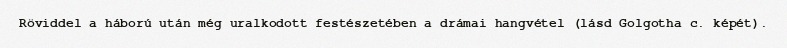
Röviddel a háború után még uralkodott festészetében a drámai hangvétel (lásd Golgotha c. képét).